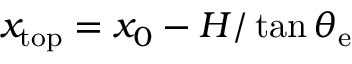
x _ { \mathrm { { t o p } } } = x _ { 0 } - H / \tan \theta _ { \mathrm { { e } } }